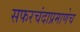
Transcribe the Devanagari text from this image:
सफरचंदाप्रमाणेच